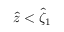
\hat { z } < \hat { \zeta } _ { 1 }